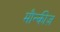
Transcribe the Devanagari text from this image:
मौन्कीज़